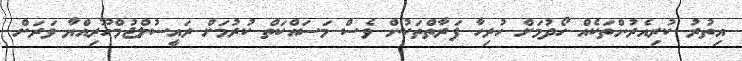
އިތުރު ކުރިއެރުންތަކެއް ހޯދުމަށް ހުރިހާ ފަރާތްތަކުން ވެސް މަސައްކަތް ކުރުމަށް ރައީސުލްޖުމްހޫރިއްޔާ ވަރަށް